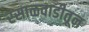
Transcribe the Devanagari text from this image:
रसाळवाडीतून